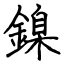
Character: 鎳